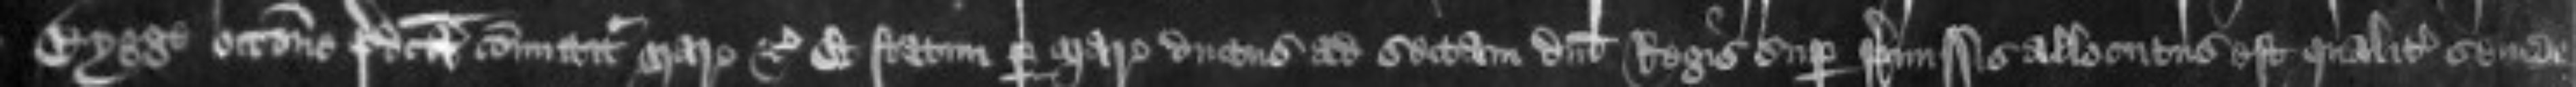
Bygge occasione predicta committitur Marescallo etc Et statim per Marescallum ductus ad sectam domini Regis super premissis allocutus est qualiter se inde